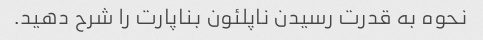
نحوه به قدرت رسیدن ناپلئون بناپارت را شرح دهید.